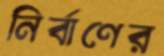
নির্বাণের